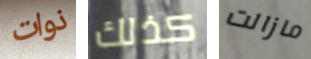
ذوات كذلك مازالت